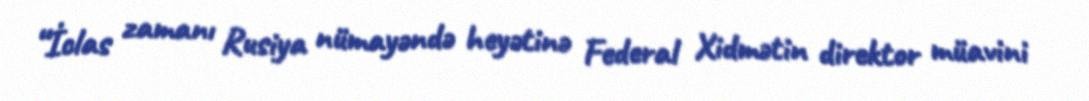
“İclas zamanı Rusiya nümayəndə heyətinə Federal Xidmətin direktor müavini